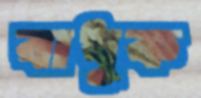
বাধুক